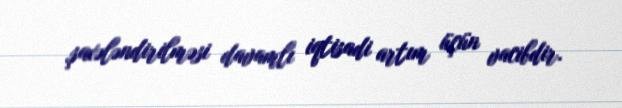
şaxələndirilməsi davamlı iqtisadi artım üçün vacibdir.